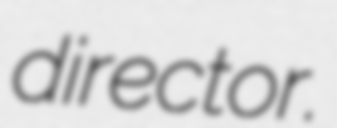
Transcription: director.